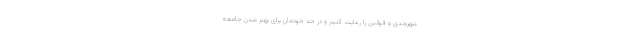
شهروندی و قوانین را رعایت کنیم و در حد خودمان برای بهتر شدن جامعه